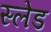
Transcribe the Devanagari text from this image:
स्‍लेड